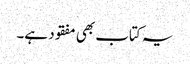
یہ کتاب بھی مفقود ہے۔